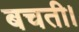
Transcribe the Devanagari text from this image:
बचती।